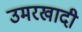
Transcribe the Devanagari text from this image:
उमरखादी